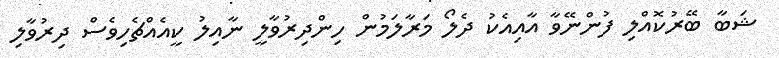
ޝަބާ ބޭރުކޮއްލި ފުންނޭވާ އާއިއެކު ދެލޯ މަރާލަމުން ހިންދިރުވާލީ ނާއިލު ކީއެއްޗެހިވެސް ދިރުވާލި